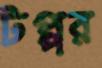
টপ্পর